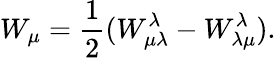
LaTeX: W_{\mu}=\frac{1}{2}(W_{\mu\lambda}^{\lambda}-W_{\lambda\mu}^{\lambda}).